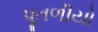
પૂતળીયો